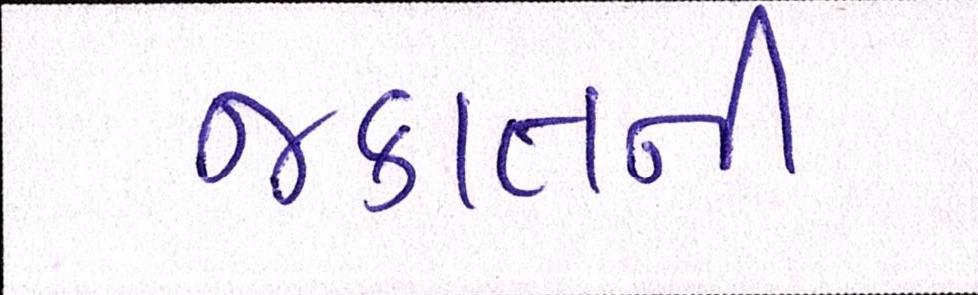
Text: જકાતની